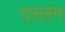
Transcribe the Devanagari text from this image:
दसरंग